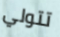
تتولي